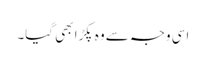
اسی وجہ سے وہ پکڑا بھی گیا۔